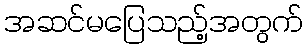
အဆင်မပြေသည့်အတွက်